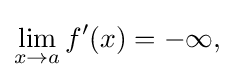
\lim _{x\to a}f'(x)={-\infty }{\text{,}}